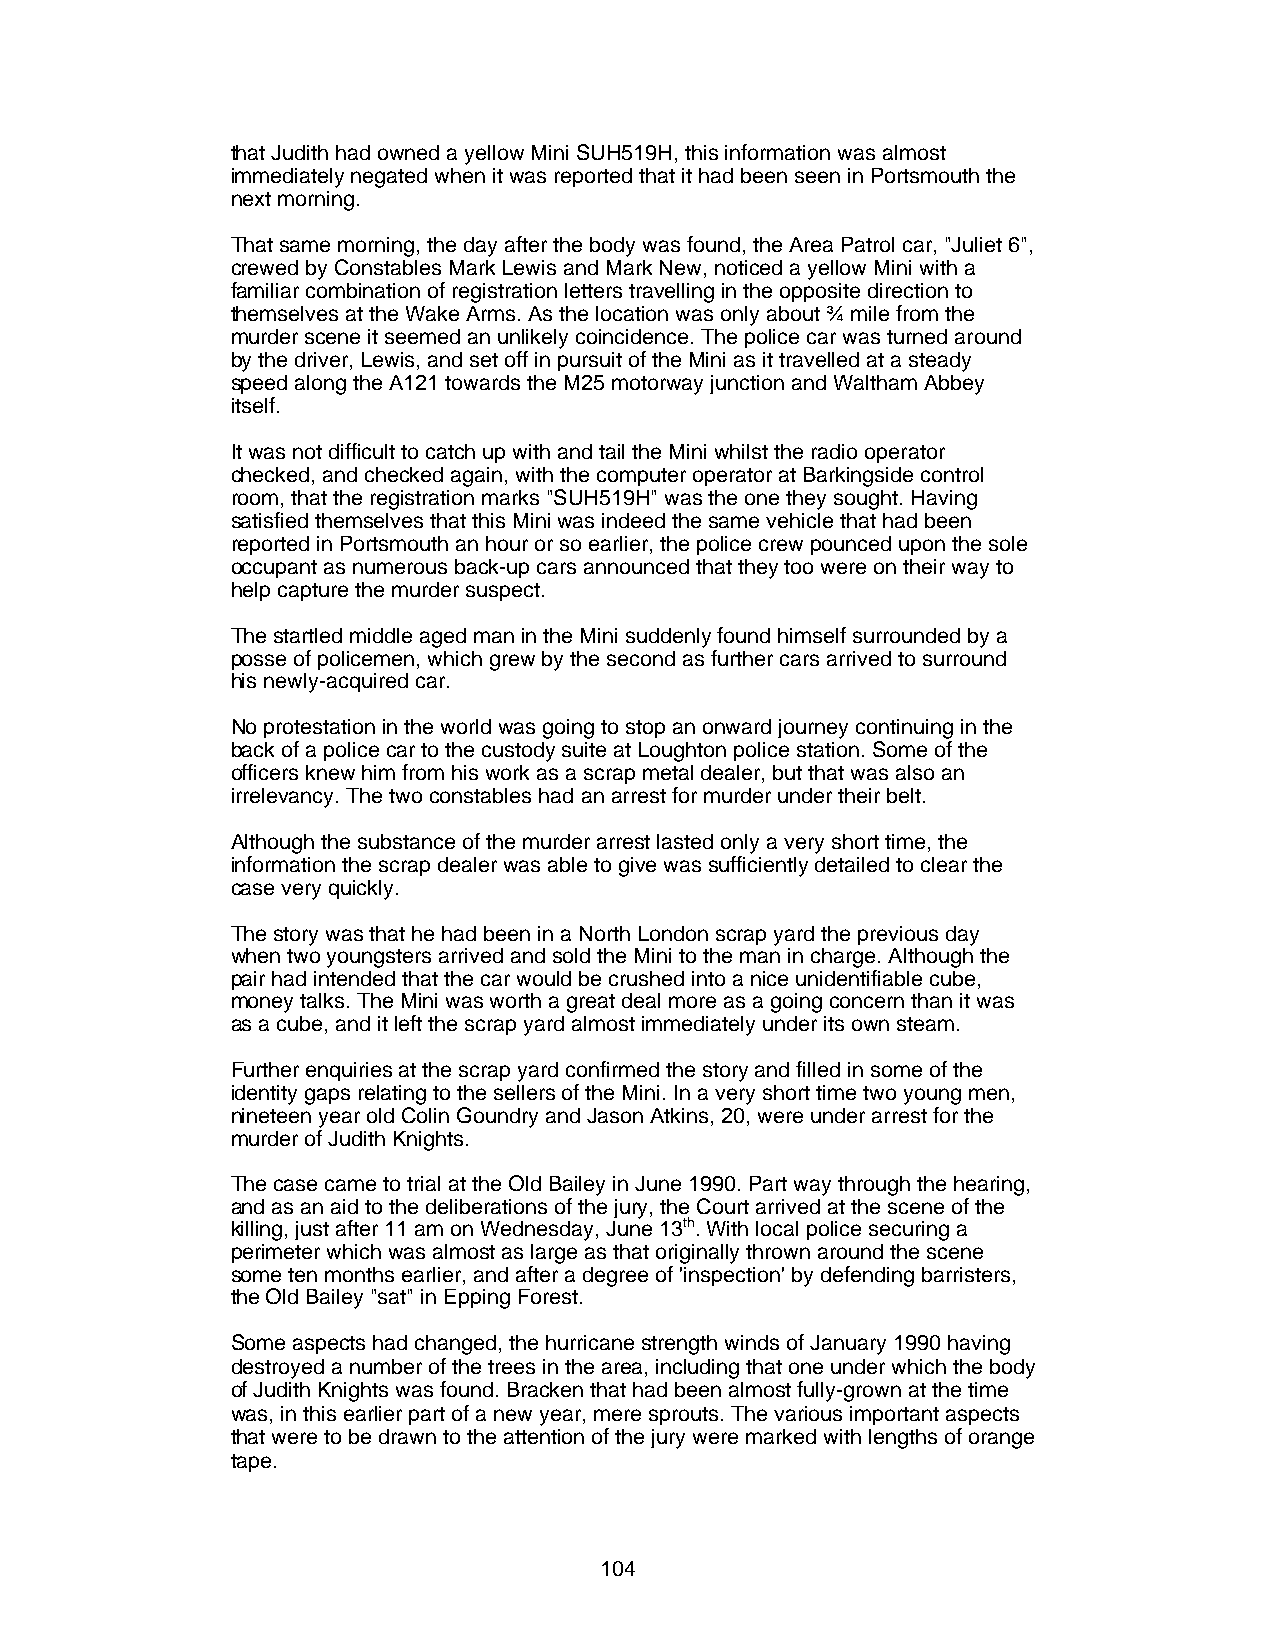
that Judith had owned a yellow Mini SUH519H, this information was almost
 immediately negated when it was reported that it had been seen in Portsmouth the
 next morning.
 That same morning, the day after the body was found, the Area Patrol car, "Juliet 6",
 crewed by Constables Mark Lewis and Mark New, noticed a yellow Mini with a
 familiar combination of registration letters travelling in the opposite direction to
 themselves at the Wake Arms. As the location was only about ¾ mile from the
 murder scene it seemed an unlikely coincidence. The police car was turned around
 by the driver, Lewis, and set off in pursuit of the Mini as it travelled at a steady
 speed along the A121 towards the M25 motorway junction and Waltham Abbey
 itself.
 It was not difficult to catch up with and tail the Mini whilst the radio operator
 checked, and checked again, with the computer operator at Barkingside control
 room, that the registration marks "SUH519H" was the one they sought. Having
 satisfied themselves that this Mini was indeed the same vehicle that had been
 reported in Portsmouth an hour or so earlier, the police crew pounced upon the sole
 occupant as numerous back-up cars announced that they too were on their way to
 help capture the murder suspect.
 The startled middle aged man in the Mini suddenly found himself surrounded by a
 posse of policemen, which grew by the second as further cars arrived to surround
 his newly-acquired car.
 No protestation in the world was going to stop an onward journey continuing in the
 back of a police car to the custody suite at Loughton police station. Some of the
 officers knew him from his work as a scrap metal dealer, but that was also an
 irrelevancy. The two constables had an arrest for murder under their belt.
 Although the substance of the murder arrest lasted only a very short time, the
 information the scrap dealer was able to give was sufficiently detailed to clear the
 case very quickly.
 The story was that he had been in a North London scrap yard the previous day
 when two youngsters arrived and sold the Mini to the man in charge. Although the
 pair had intended that the car would be crushed into a nice unidentifiable cube,
 money talks. The Mini was worth a great deal more as a going concern than it was
 as a cube, and it left the scrap yard almost immediately under its own steam.
 Further enquiries at the scrap yard confirmed the story and filled in some of the
 identity gaps relating to the sellers of the Mini. In a very short time two young men,
 nineteen year old Colin Goundry and Jason Atkins, 20, were under arrest for the
 murder of Judith Knights.
 The case came to trial at the Old Bailey in June 1990. Part way through the hearing,
 and as an aid to the deliberations of the jury, the Court arrived at the scene of the
 killing, just after 11 am on Wednesday, June 13th. With local police securing a
 perimeter which was almost as large as that originally thrown around the scene
 some ten months earlier, and after a degree of 'inspection' by defending barristers,
 the Old Bailey "sat" in Epping Forest.
 Some aspects had changed, the hurricane strength winds of January 1990 having
 destroyed a number of the trees in the area, including that one under which the body
 of Judith Knights was found. Bracken that had been almost fully-grown at the time
 was, in this earlier part of a new year, mere sprouts. The various important aspects
 that were to be drawn to the attention of the jury were marked with lengths of orange
 tape.
 104